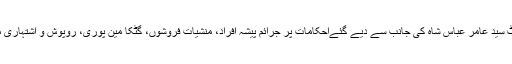
تفصیلات کےمطابق ایس ایس پی عمرکوٹ سید عامر عباس شاہ کی جانب سے دیے گئےاحکامات پر جرائم پیشہ افراد، منشیات فروشوں، گٹکا مین پوری، روپوش و اشتہاری ملزمان کے خلاف کریک ڈاٶن جاری ہے۔